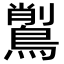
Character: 𪃅